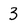
Character: 3